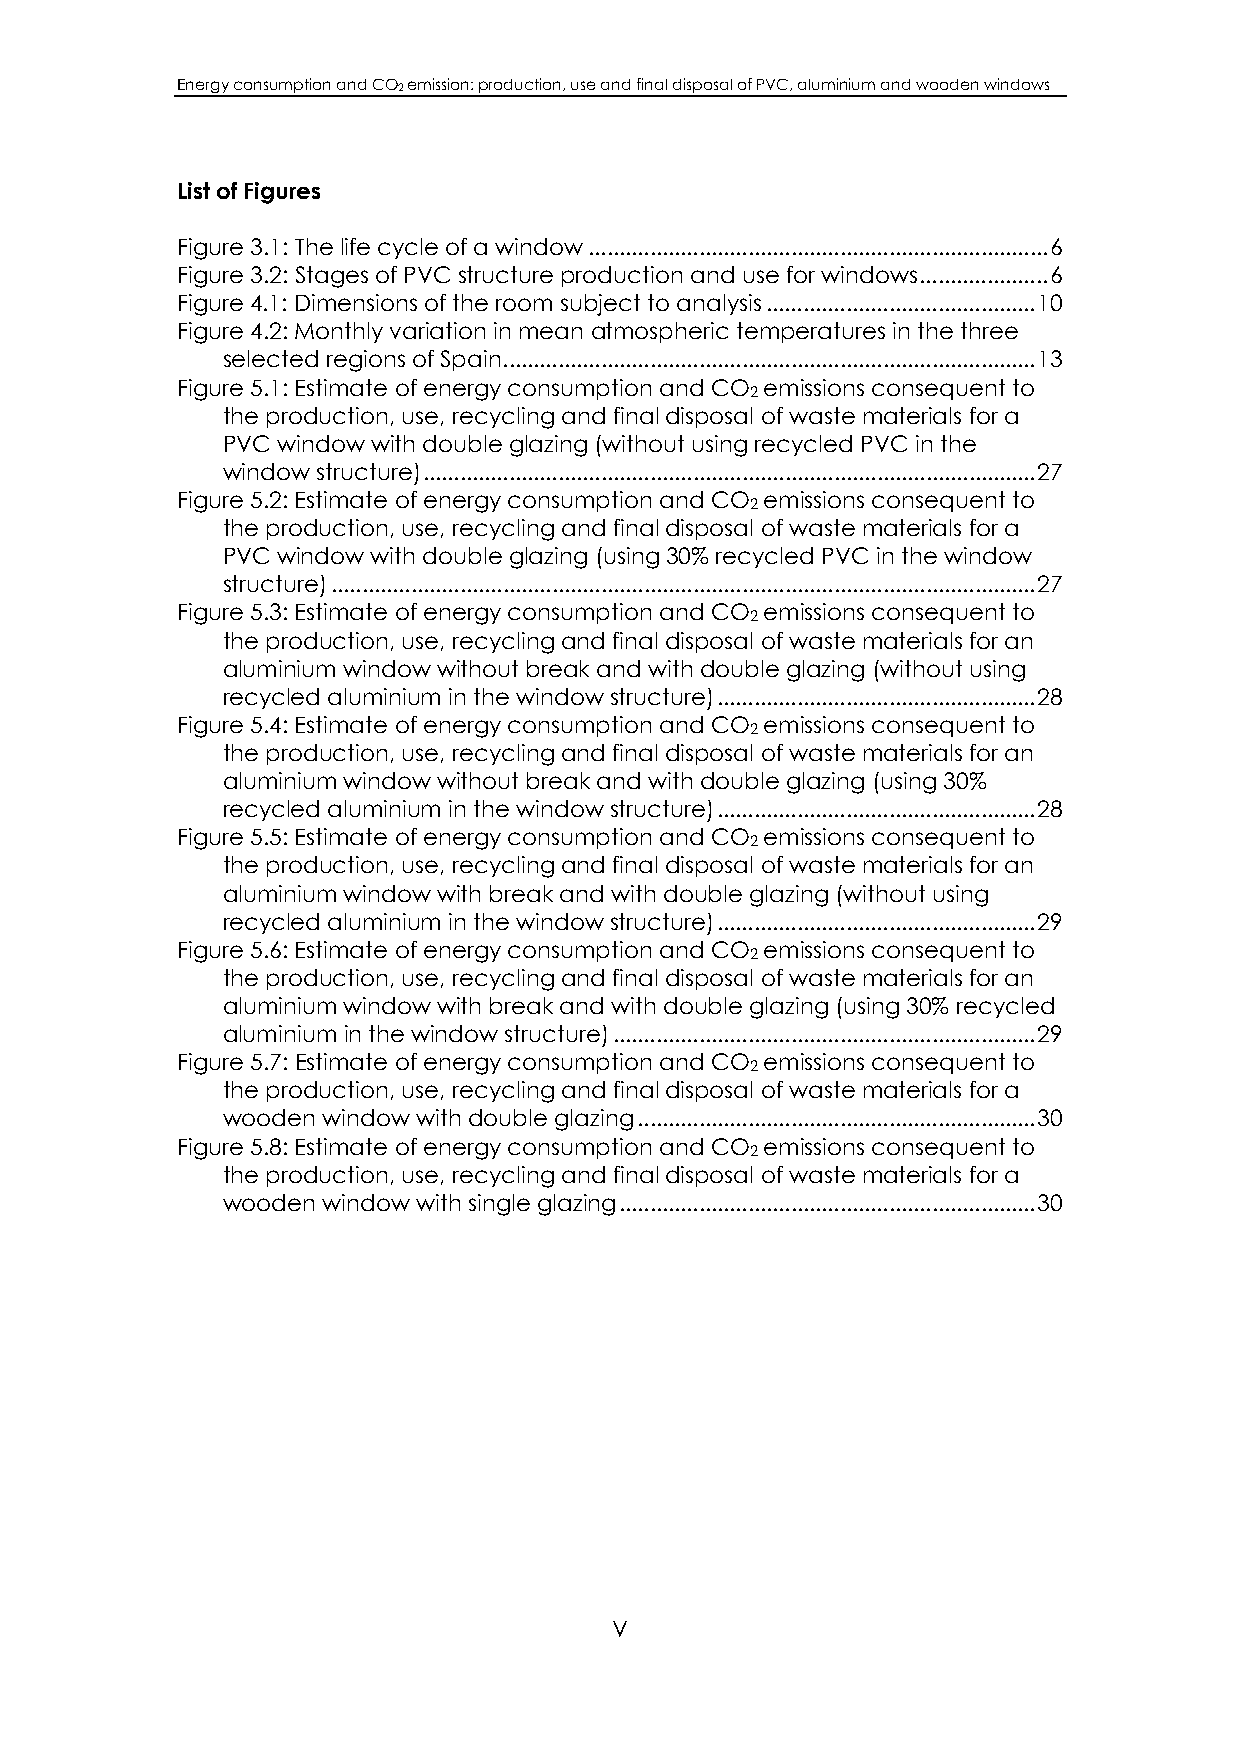
Energy consumption and CO2 emission: production, use and final disposal of PVC, aluminium and wooden windows
 List of Figures
 Figure 3.1: The life cycle of a window...........................................................................6
 Figure 3.2: Stages of PVC structure production and use for windows.....................6
 Figure 4.1: Dimensions of the room subject to analysis............................................10
 Figure 4.2: Monthly variation in mean atmospheric temperatures in the three
 selected regions of Spain.......................................................................................13
 Figure 5.1: Estimate of energy consumption and CO emissions consequent to
 2
 the production, use, recycling and final disposal of waste materials for a
 PVC window with double glazing (without using recycled PVC in the
 window structure)....................................................................................................27
 Figure 5.2: Estimate of energy consumption and CO emissions consequent to
 2
 the production, use, recycling and final disposal of waste materials for a
 PVC window with double glazing (using 30% recycled PVC in the window
 structure)...................................................................................................................27
 Figure 5.3: Estimate of energy consumption and CO emissions consequent to
 2
 the production, use, recycling and final disposal of waste materials for an
 aluminium window without break and with double glazing (without using
 recycled aluminium in the window structure)....................................................28
 Figure 5.4: Estimate of energy consumption and CO emissions consequent to
 2
 the production, use, recycling and final disposal of waste materials for an
 aluminium window without break and with double glazing (using 30%
 recycled aluminium in the window structure)....................................................28
 Figure 5.5: Estimate of energy consumption and CO emissions consequent to
 2
 the production, use, recycling and final disposal of waste materials for an
 aluminium window with break and with double glazing (without using
 recycled aluminium in the window structure)....................................................29
 Figure 5.6: Estimate of energy consumption and CO emissions consequent to
 2
 the production, use, recycling and final disposal of waste materials for an
 aluminium window with break and with double glazing (using 30% recycled
 aluminium in the window structure).....................................................................29
 Figure 5.7: Estimate of energy consumption and CO emissions consequent to
 2
 the production, use, recycling and final disposal of waste materials for a
 wooden window with double glazing.................................................................30
 Figure 5.8: Estimate of energy consumption and CO emissions consequent to
 2
 the production, use, recycling and final disposal of waste materials for a
 wooden window with single glazing....................................................................30
 V